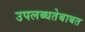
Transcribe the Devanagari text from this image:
उपलब्धतेबाबत